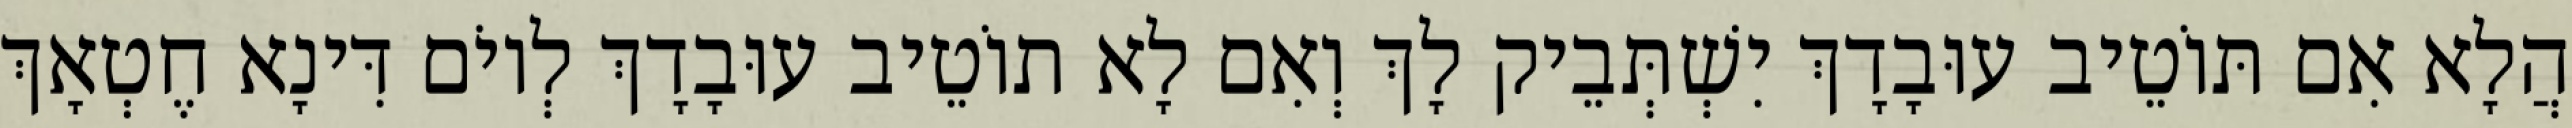
הֲלָא אִם תּוֹטֵיב עוּבָדָךְ יִשְׁתְּבֵיק לָךְ וְאִם לָא תוֹטֵיב עוּבָדָךְ לְיוֹם דִּינָא חֶטְאָךְ